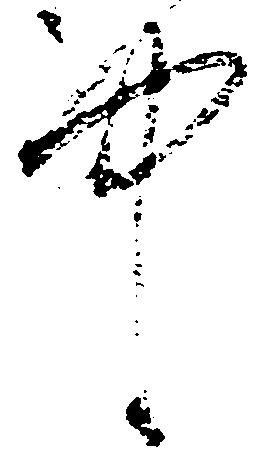
中